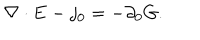
\nabla \cdot { \bf E } - j _ { 0 } = - \partial _ { 0 } G .